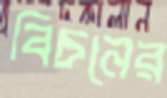
বিচনের